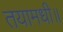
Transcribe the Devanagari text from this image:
तयामधी॥